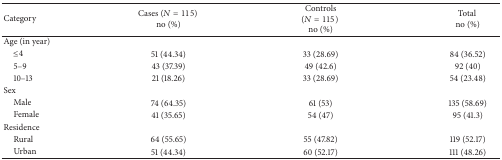
<table><thead><tr><td><b>Category</b></td><td><b>Cases (<i>N</i> = 115) no (%)</b></td><td><b>Controls (<i>N</i> = 115)no (%)</b></td><td><b>Total no (%)</b></td></tr></thead><tbody><tr><td>Age (in year)</td><td> </td><td> </td><td> </td></tr><tr><td> ≤4</td><td>51 (44.34)</td><td>33 (28.69)</td><td>84 (36.52)</td></tr><tr><td> 5–9</td><td>43 (37.39)</td><td>49 (42.6)</td><td>92 (40)</td></tr><tr><td> 10–13</td><td>21 (18.26)</td><td>33 (28.69)</td><td>54 (23.48)</td></tr><tr><td>Sex</td><td> </td><td> </td><td> </td></tr><tr><td> Male</td><td>74 (64.35)</td><td>61 (53)</td><td>135 (58.69)</td></tr><tr><td> Female</td><td>41 (35.65)</td><td>54 (47)</td><td>95 (41.3)</td></tr><tr><td>Residence</td><td> </td><td> </td><td> </td></tr><tr><td> Rural</td><td>64 (55.65)</td><td>55 (47.82)</td><td>119 (52.17)</td></tr><tr><td> Urban</td><td>51 (44.34)</td><td>60 (52.17)</td><td>111 (48.26)</td></tr></tbody></table>